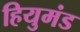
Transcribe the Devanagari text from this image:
हियुमंड